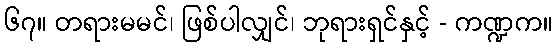
၆၇။ တရားမမင်၊ ဖြစ်ပါလျှင်၊ ဘုရားရှင်နှင့် - ကဏ္ဍက။